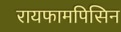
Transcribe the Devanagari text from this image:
रायफामपिसिन